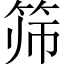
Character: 筛